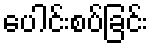
ပေါင်းစပ်ခြင်း